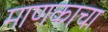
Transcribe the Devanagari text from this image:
माणकाचा